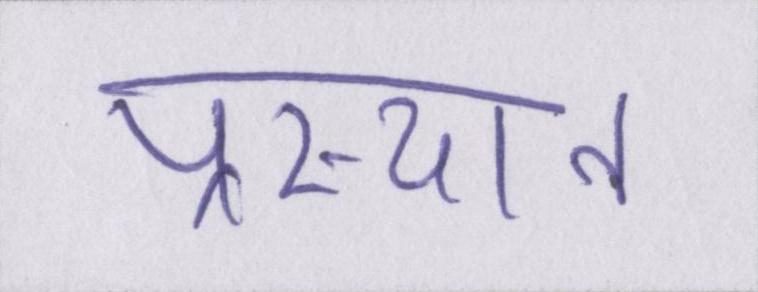
प्रस्थान